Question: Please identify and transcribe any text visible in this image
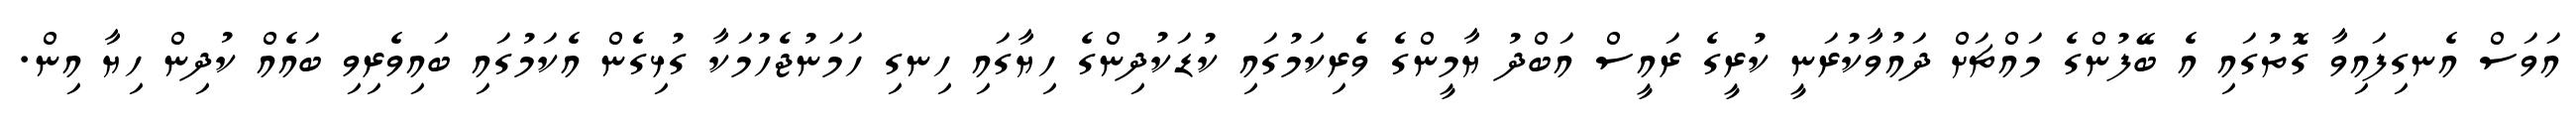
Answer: އަވަސް އެނގިފައިވާ ގޮތުގައި އެ ބޭފުންގެ މައްޗަށް ދައުވާކުރަނީ ކުރީގެ ރައީސް އަބްދު ޔާމީންގެ ވެރިކަމުގައި ކުޑަކުދިންގެ ހިޔާގައި ހިނގި ހަމަނުޖެހުމަކާ ގުޅިގެން އެކަމުގައި ބައިވެރިވި ބައެއް ކުދިން ހިޔާ އިން.